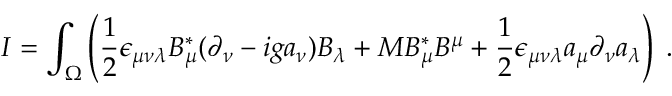
I = \int _ { \Omega } \left( \frac { 1 } { 2 } \epsilon _ { \mu \nu \lambda } B _ { \mu } ^ { * } ( \partial _ { \nu } - i g a _ { \nu } ) B _ { \lambda } + M B _ { \mu } ^ { * } B ^ { \mu } + \frac { 1 } { 2 } \epsilon _ { \mu \nu \lambda } a _ { \mu } \partial _ { \nu } a _ { \lambda } \right) \; .